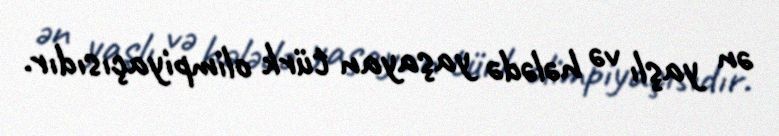
ən yaşlı və hələdə yaşayan türk olimpiyaçısıdır.